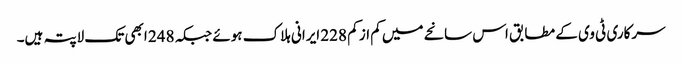
سرکاری ٹی وی کے مطابق اس سانحے میں کم از کم 228 ایرانی ہلاک ہوئے جبکہ 248 ابھی تک لاپتہ ہیں۔